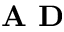
\textbf { A D }